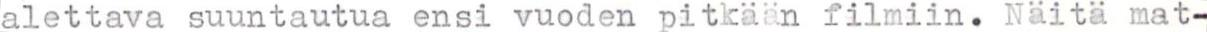
alettava suuntautua ensi vuoden pitkään filmiin. Näitä mat-